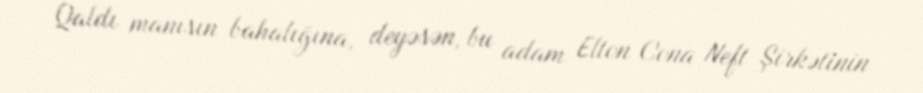
Qaldı manısın bahalığına, deyəsən, bu adam Elton Cona Neft Şirkətinin